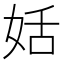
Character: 姡